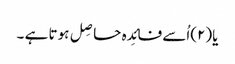
یا(۲)اُسے فائِدہ حاصِل ہوتا ہے ۔